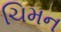
ચિમન